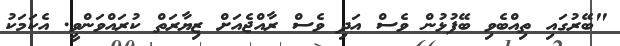
"ބޭރުގައި ތިއްބެވި ބޭފުޅުން ވެސް އަދި ވެސް ރާއްޖެއަށް ޒިޔާރަތް ކުރައްވަންވީ. އެކަމަކު